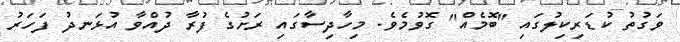
ވަގުތު ކުޑަރިކިލުގައި "ބޮމެއް" ގޮވުމެވެ. މިހާދިސާގައި ރަށުގެ ފުރާ ދުއްވާ އުޅަނދު ފަހަރު